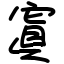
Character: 寘